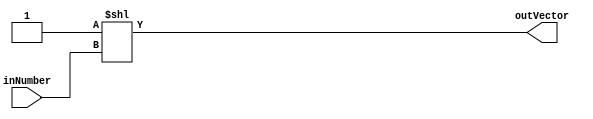
module decoder #(
    parameter BIN_SIZE = 3,
    parameter BOUT_SIZE = 8
)(
    input wire [BIN_SIZE - 1:0] inNumber,
    output wire [BOUT_SIZE - 1:0] outVector
);
    assign outVector = 1'b1 << inNumber;

endmodule